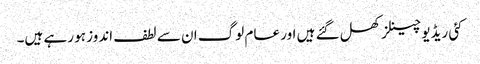
کئی ریڈیو چینلز کھل گئے ہیں اور عام لوگ ان سے لطف اندوز ہو رہے ہیں۔